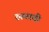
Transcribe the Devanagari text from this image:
रुस्थावी